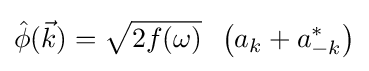
{\hat {\phi }}({\vec {k}})={\sqrt {2f(\omega )}}\;\;\left(a_{k}+a_{-k}^{*}\right)